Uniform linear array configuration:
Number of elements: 24
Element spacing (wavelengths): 0.75
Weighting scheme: kaiser
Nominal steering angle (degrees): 60
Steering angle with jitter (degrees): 58.946
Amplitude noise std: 0.05
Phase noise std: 0.05

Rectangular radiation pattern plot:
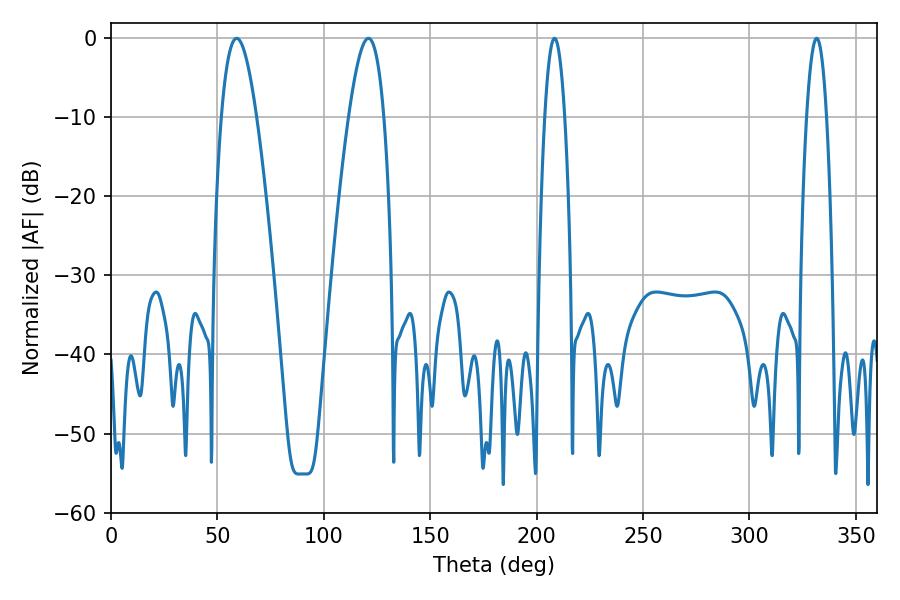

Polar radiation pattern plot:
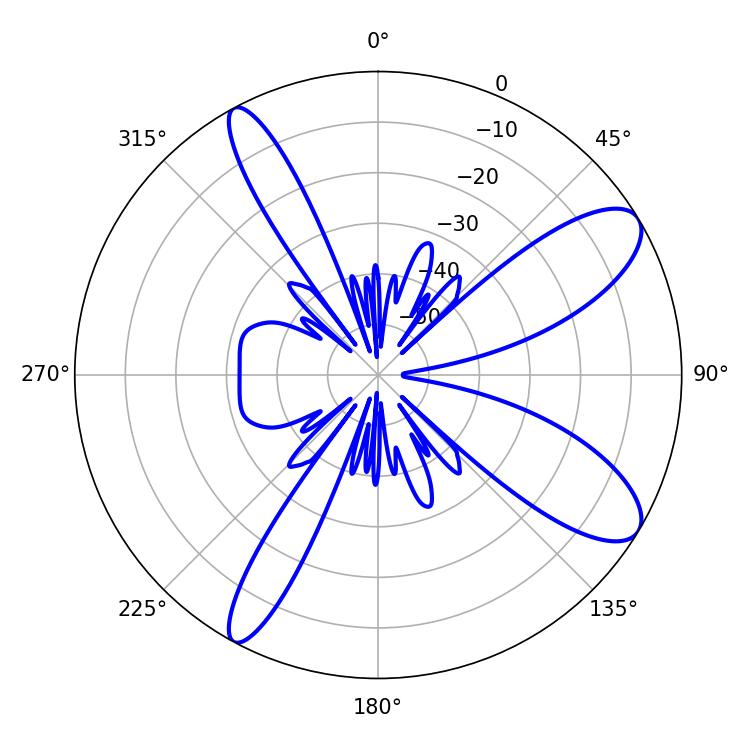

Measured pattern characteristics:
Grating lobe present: TRUE
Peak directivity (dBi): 9.996
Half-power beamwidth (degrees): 9
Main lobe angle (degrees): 120.96